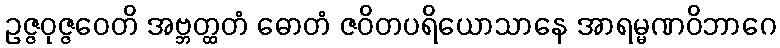
ဥဇ္ဇဝုဇ္ဇဝေတိ အဗ္ဘတ္ထတံ ဓောတံ ဇဝိတပရိယောသာနေ အာရမ္မဏဝိဘာဂေ